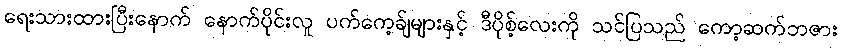
ရေးသားထားပြီးနောက် နောက်ပိုင်းလူ ပက်ကေ့ခ်ျများနှင့် ဒီပိုစ့်လေးကို သင်ပြသည် ကော့ဆက်ဘဇား